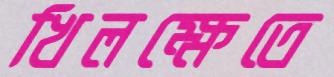
খিলক্ষেতে